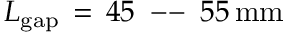
L _ { \mathrm { { g a p } } } \, = \, 4 5 \, \mathrm { ~ -- ~ } \, 5 5 \, \mathrm { { m m } }